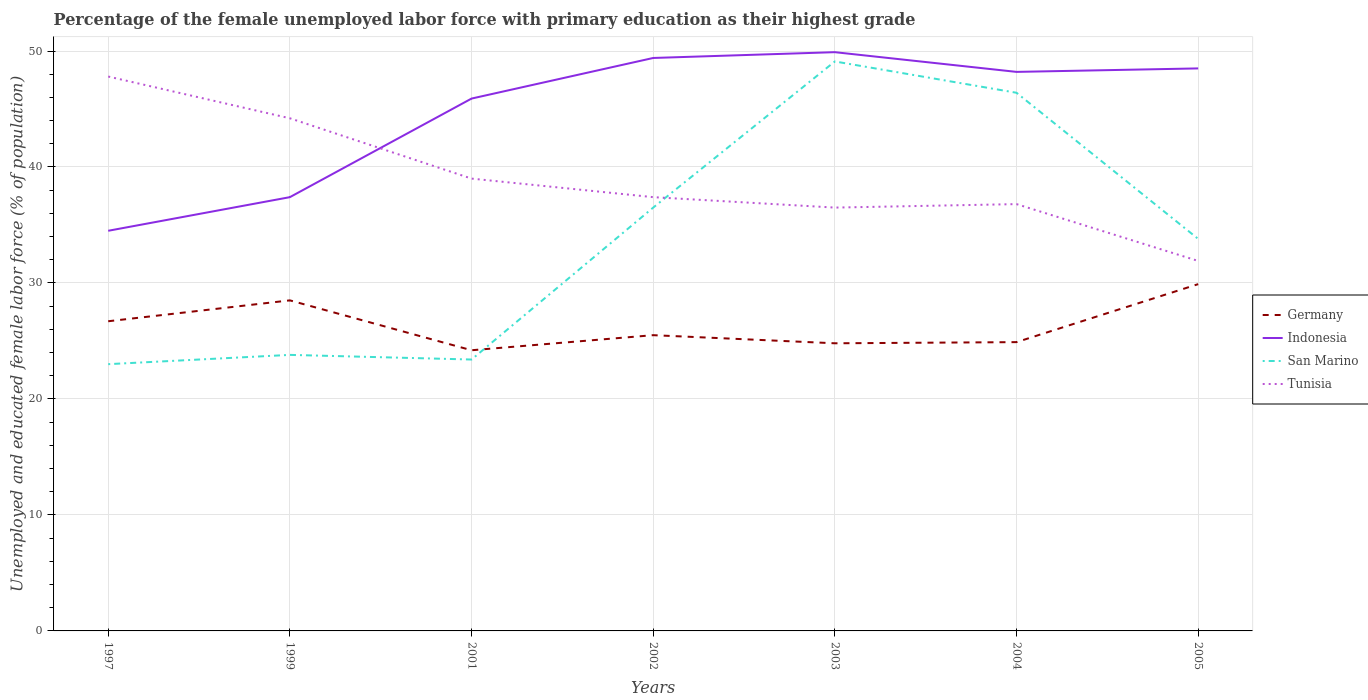
| Years | Germany | Indonesia | San Marino | Tunisia |
 | --- | --- | --- | --- | --- |
 | 1997 | 26.7 | 34.5 | 23 | 47.8 |
 | 1999 | 28.5 | 37.4 | 23.8 | 44.2 |
 | 2001 | 24.2 | 45.9 | 23.4 | 39 |
 | 2002 | 25.5 | 49.4 | 36.5 | 37.4 |
 | 2003 | 24.8 | 49.9 | 49.1 | 36.5 |
 | 2004 | 24.9 | 48.2 | 46.4 | 36.8 |
 | 2005 | 29.9 | 48.5 | 33.8 | 31.9 |